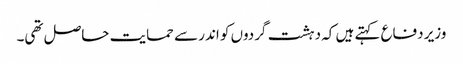
وزیر دفاع کہتے ہیں کہ دہشت گردوں کو اندر سے حمایت حاصل تھی۔